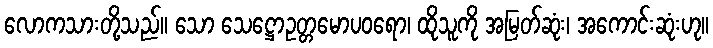
လောကသားတို့သည်။ သော သေဋ္ဌောဥတ္တမောပဝရော၊ ထိုသူကို အမြတ်ဆုံး၊ အကောင်းဆုံးဟု။